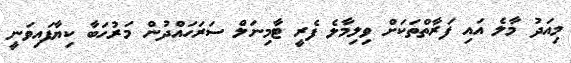
މިއަދު މާލެ އައި ފަރާތްތަކަށް ވިލިމާލެ ފެރީ ޓާމިނަލް ސަރަހައްދުން މަރުހަބާ ކިޔާފައިވަނީ